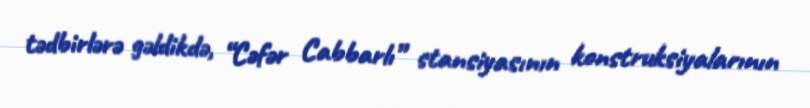
tədbirlərə gəldikdə, “Cəfər Cabbarlı” stansiyasının konstruksiyalarının